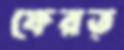
ফেরত্